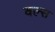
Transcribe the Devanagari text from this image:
वल्स